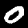
Label: 0